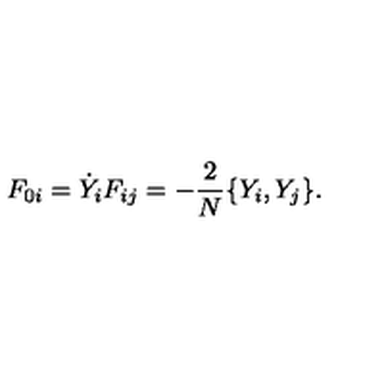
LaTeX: F _ { 0 i } = \dot { Y } _ { i } F _ { i j } = - { \frac { 2 } { N } } \{ Y _ { i } , Y _ { j } \} .